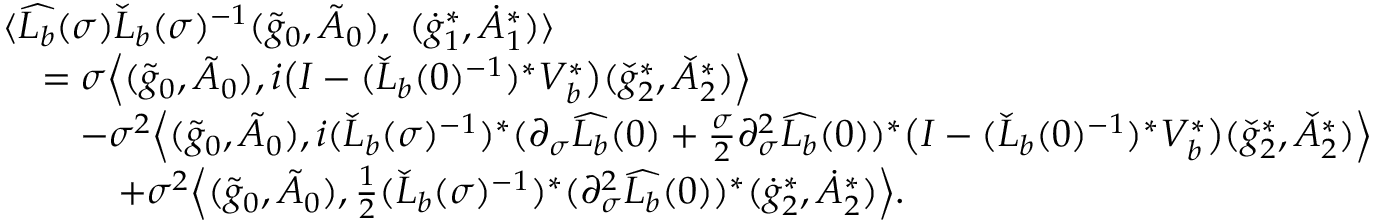
\begin{array} { r l } & { \langle \widehat { L _ { b } } ( \sigma ) \check { L } _ { b } ( \sigma ) ^ { - 1 } ( \tilde { g } _ { 0 } , \tilde { A } _ { 0 } ) , \ ( \dot { g } _ { 1 } ^ { * } , \dot { A } _ { 1 } ^ { * } ) \rangle } \\ & { \quad = \sigma \Big \langle ( \tilde { g } _ { 0 } , \tilde { A } _ { 0 } ) , i \big ( I - ( \check { L } _ { b } ( 0 ) ^ { - 1 } ) ^ { * } V _ { b } ^ { * } \big ) ( \check { g } _ { 2 } ^ { * } , \check { A } _ { 2 } ^ { * } ) \Big \rangle } \\ & { \quad \quad - \sigma ^ { 2 } \Big \langle ( \tilde { g } _ { 0 } , \tilde { A } _ { 0 } ) , i ( \check { L } _ { b } ( \sigma ) ^ { - 1 } ) ^ { * } ( \partial _ { \sigma } \widehat { L _ { b } } ( 0 ) + \frac { \sigma } { 2 } \partial _ { \sigma } ^ { 2 } \widehat { L _ { b } } ( 0 ) ) ^ { * } \big ( I - ( \check { L } _ { b } ( 0 ) ^ { - 1 } ) ^ { * } V _ { b } ^ { * } \big ) ( \check { g } _ { 2 } ^ { * } , \check { A } _ { 2 } ^ { * } ) \Big \rangle } \\ & { \quad \quad \quad + \sigma ^ { 2 } \Big \langle ( \tilde { g } _ { 0 } , \tilde { A } _ { 0 } ) , \frac { 1 } { 2 } ( \check { L } _ { b } ( \sigma ) ^ { - 1 } ) ^ { * } ( \partial _ { \sigma } ^ { 2 } \widehat { L _ { b } } ( 0 ) ) ^ { * } ( \dot { g } _ { 2 } ^ { * } , \dot { A } _ { 2 } ^ { * } ) \Big \rangle . } \end{array}